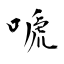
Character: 嗁